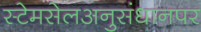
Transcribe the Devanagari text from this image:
स्टेमसेलअनुसंधानपर